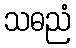
သဓညံ